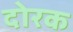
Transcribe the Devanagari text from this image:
दोरक